Scottish Certificate of Education, 1963
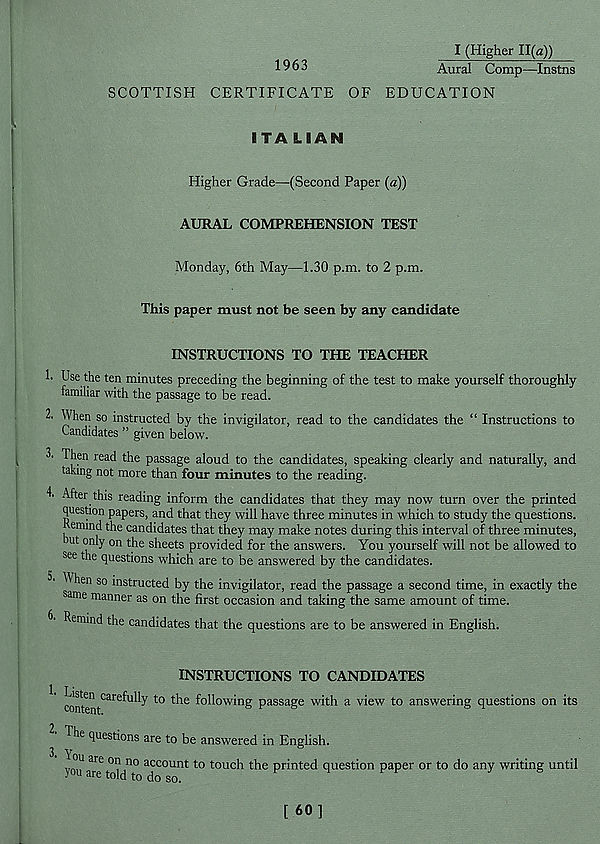
I (Higher 11(a))
Aural Comp—Instns
SCOTTISH CERTIFICATE OF EDUCATION
ITALIAN
Higher Grade—(Second Paper (a))
AURAL COMPREHENSION TEST
Monday, 6th May—1.30 p.m. to 2 p.m.
This paper must not be seen by any candidate
INSTRUCTIONS TO THE TEACHER
1. Use the ten minutes preceding the beginning of the test to make yourself thoroughly
familiar with the passage to be read.
2. When so instructed by the invigilator, read to the candidates the “ Instructions to
Candidates ” given below.
2’ Then read the passage aloud to the candidates, speaking clearly and naturally, and
taking not more than four minutes to the reading.
T After this reading inform the candidates that they may now turn over the printed
question papers, and that they will have three minutes in which to study the questions,
i emind the candidates that they may make notes during this interval of three minutes,
ut only on the sheets provided for the answers. You yourself will not be allowed to
see the questions which are to be answered by the candidates.
^ l 1611 80 instructed by the invigilator, read the passage a second time, in exactly the
same manner as on the first occasion and taking the same amount of time.
Remind the candidates that the questions are to be answered in English.
1.
INSTRUCTIONS TO CANDIDATES
content CarefUlly t0 ^ ^°^o w * n S P assa g e with a view to answering questions on its
2.
3.
The questions are to be answered in English.
You are on no account to touch the printed question paper or to do any writing until
you are told to do so.
[ 60]